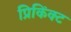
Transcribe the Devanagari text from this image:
प्रिकिंक्ट